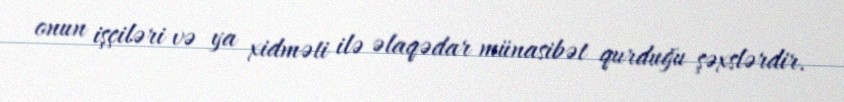
onun işçiləri və ya xidməti ilə əlaqədar münasibət qurduğu şəxslərdir.